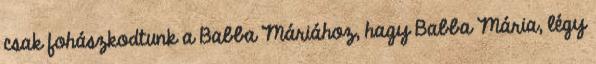
csak fohászkodtunk a Babba Máriához, hagy Babba Mária, légy